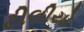
ટીલીયો